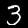
Label: 3